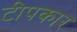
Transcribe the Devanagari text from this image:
टीपकार